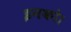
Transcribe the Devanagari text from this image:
इनको।